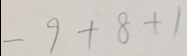
- 9 + 8 + 1